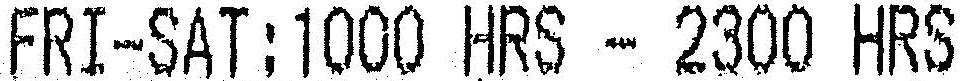
FRI-SAT:1000 HRS - 2300 HRS